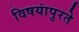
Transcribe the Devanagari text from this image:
विषयांपुरते